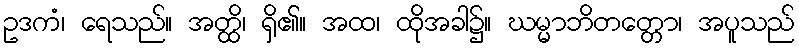
ဥဒကံ၊ ရေသည်။ အတ္ထိ၊ ရှိ၏။ အထ၊ ထိုအခါ၌။ ဃမ္မာဘိတတ္တော၊ အပူသည်